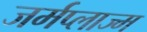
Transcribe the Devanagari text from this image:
जर्मप्लाज्म